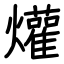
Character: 爟